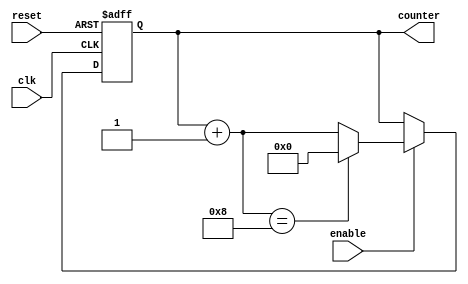
module ring_counter(
  input wire clk,
  input wire reset,
  input wire enable,
  output reg [3:0] counter
);

reg [3:0] next_state;

always @(posedge clk or posedge reset) begin
  if (reset) begin
    counter <= 4'b0000;
  end else begin
    if (enable) begin
      counter <= next_state;
    end
  end
end

always @(*) begin
  next_state = counter + 1;
  if (next_state == 4'b1000) begin
    next_state = 4'b0000;
  end
end

endmodule